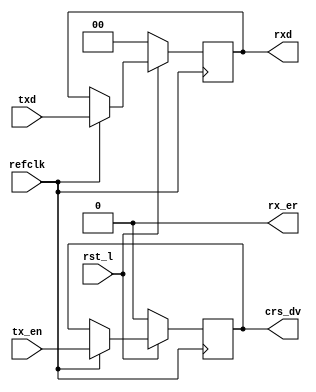
`timescale 1ns/100ps

module rmii_loop
(   
    refclk, 
    rst_l,
    
    txd,
    tx_en,

    rx_er,
    crs_dv,
    rxd
);

input refclk; 
input rst_l;
    
input [1:0] txd;
input tx_en;

output rx_er;
output crs_dv;
output [1:0] rxd;

reg [1:0] data_r;
reg crs_dv_r; 

always @ (posedge(refclk)) begin 
    if(rst_l == 1'b0) begin 
        data_r   = 2'b0; 
        crs_dv_r = 1'b0;
    end

    else if(refclk == 1'b1) begin 
        data_r = txd;
        crs_dv_r = tx_en;
    end
end

assign rxd[1]    = data_r[1]; 
assign rxd[0]    = data_r[0]; 
assign crs_dv = crs_dv_r;
assign rx_er  = 1'b0;

//`ifdef COCOTB_SIM 
initial begin 
  $dumpfile ("waveform.vcd"); 
  $dumpvars (0,rmii_loop);   
  #1; 
end 
//`endif 

endmodule